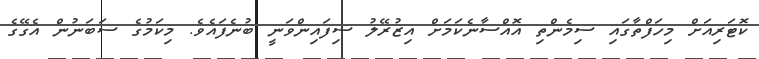
ކޮޓަރިއަށް މިހަފްތާގައި ސިމެންތި އޮއްސާނެކަމަށް އިޒުރޭލު ސިފައިންވަނީ ބުނެފައެވެ. މިކަމުގެ ސަބަނުން އެގޭގެ